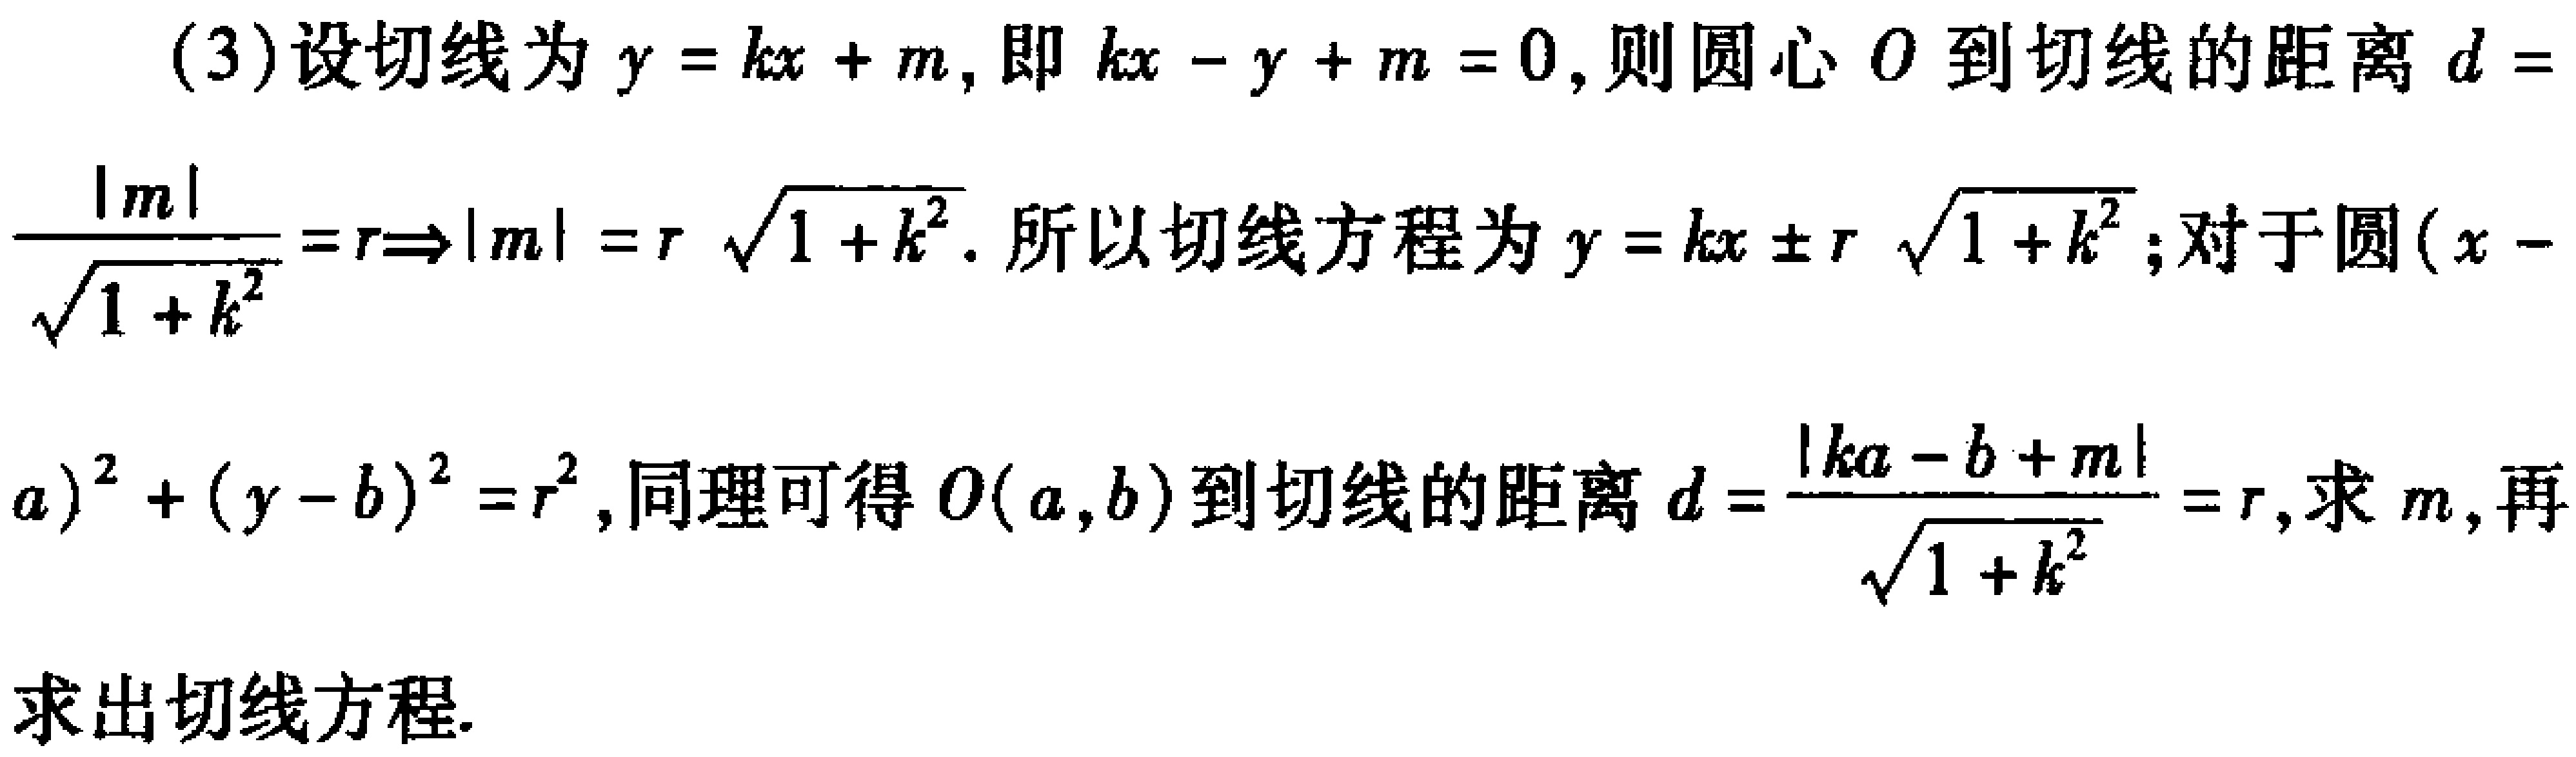
(3)设切线为\(y = kx + m\)，即\(kx - y + m = 0\)，则圆心\(O\)到切线的距离\(d = \frac{|m|}{\sqrt{1 + k^{2}}}=r\Rightarrow|m| = r\sqrt{1 + k^{2}}\). 所以切线方程为\(y = kx\pm r\sqrt{1 + k^{2}}\)；对于圆\((x - a)^{2}+(y - b)^{2}=r^{2}\)，同理可得\(O(a,b)\)到切线的距离\(d = \frac{|ka - b + m|}{\sqrt{1 + k^{2}}}=r\)，求\(m\)，再求出切线方程.